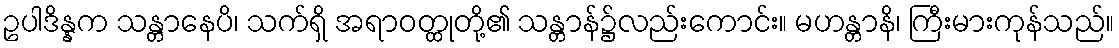
ဥပါဒိန္နက သန္တာနေပိ၊ သက်ရှိ အရာဝတ္ထုတို့၏ သန္တာန်၌လည်းကောင်း။ မဟန္တာနိ၊ ကြီးမားကုန်သည်။